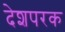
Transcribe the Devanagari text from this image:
देशपरक